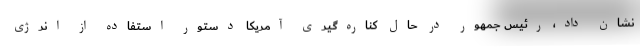
نشان داد، رئیس جمهور در حال کناره‌گیری آمریکا دستور استفاده از انرژی